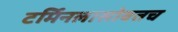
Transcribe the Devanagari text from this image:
टर्मिनलासोबतच